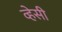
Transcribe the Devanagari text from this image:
व्हेसी